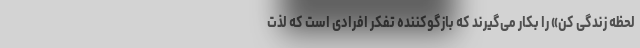
لحظه زندگی کن» را بکار می‌گیرند که بازگوکننده تفکر افرادی است که لذت